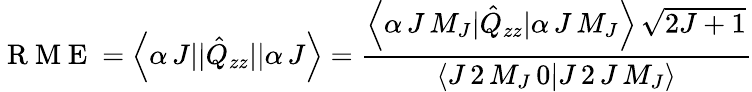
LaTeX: {\mathrm{~R~M~E~}}=\left<\alpha\, J||\hat{Q}_{zz}||\alpha\, J\right>=\frac{\left<\alpha\, J\, M_{J}|\hat{Q}_{zz}|\alpha\, J\, M_{J}\right>\, \sqrt{2J+1}}{\left<J\, 2\, M_{J}\, 0|J\, 2\, J\, M_{J}\right>}